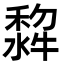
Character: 𭷵